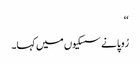
‘‘
رُوپا نے سسکیوں میں کہا۔